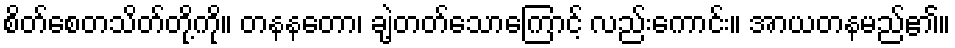
စိတ်စေတသိတ်တို့ကို။ တနနတော၊ ချဲ့တတ်သောကြောင့် လည်းကောင်း။ အာယတနမည်၏။